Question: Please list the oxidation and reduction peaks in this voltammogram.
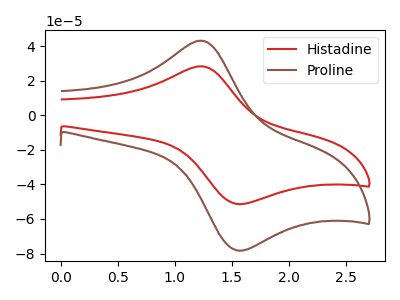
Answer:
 <answer>The red curve "Histadine" has an anodic peak at (1.20V, 28.35uA) and a cathodic peak at (1.55V, -51.30uA). The brown curve "Proline" has an anodic peak at (1.20V, 43.20uA) and a cathodic peak at (1.55V, -78.15uA).</answer>
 <eval></eval>